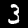
Digit: 3